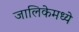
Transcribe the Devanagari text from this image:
जालिकेमध्ये